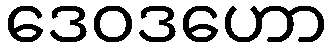
ဒေဝဒဟော